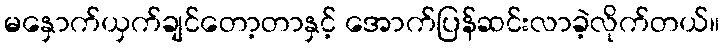
မနှောက်ယှက်ချင်တော့တာနှင့် အောက်ပြန်ဆင်းလာခဲ့လိုက်တယ်။